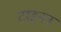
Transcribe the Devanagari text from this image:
टाइनन